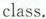
class.